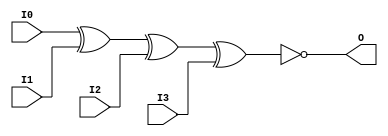
// $Header: /devl/xcs/repo/env/Databases/CAEInterfaces/verunilibs/data/unisims/XNOR4.v,v 1.5.158.1 2007/03/09 18:13:21 patrickp Exp $
///////////////////////////////////////////////////////////////////////////////
// Copyright (c) 1995/2004 Xilinx, Inc.
// All Right Reserved.
///////////////////////////////////////////////////////////////////////////////
//   ____  ____
//  /   /\/   /
// /___/  \  /    Vendor : Xilinx
// \   \   \/     Version : 8.1i (I.13)
//  \   \         Description : Xilinx Functional Simulation Library Component
//  /   /                  4-input XNOR Gate
// /___/   /\     Filename : XNOR4.v
// \   \  /  \    Timestamp : Thu Mar 25 16:43:42 PST 2004
//  \___\/\___\
//
// Revision:
//    03/23/04 - Initial version.
// End Revision

`timescale  100 ps / 10 ps


module XNOR4 (O, I0, I1, I2, I3);

    output O;

    input  I0, I1, I2, I3;

	xnor X1 (O, I0, I1, I2, I3);


endmodule